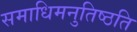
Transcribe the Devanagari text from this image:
समाधिमनुतिष्ठति